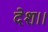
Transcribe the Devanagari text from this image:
देश।।